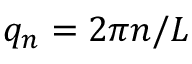
q _ { n } = 2 \pi n / L